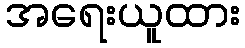
အရေးယူထား